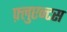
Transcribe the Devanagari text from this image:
फ़्लुएन्टस